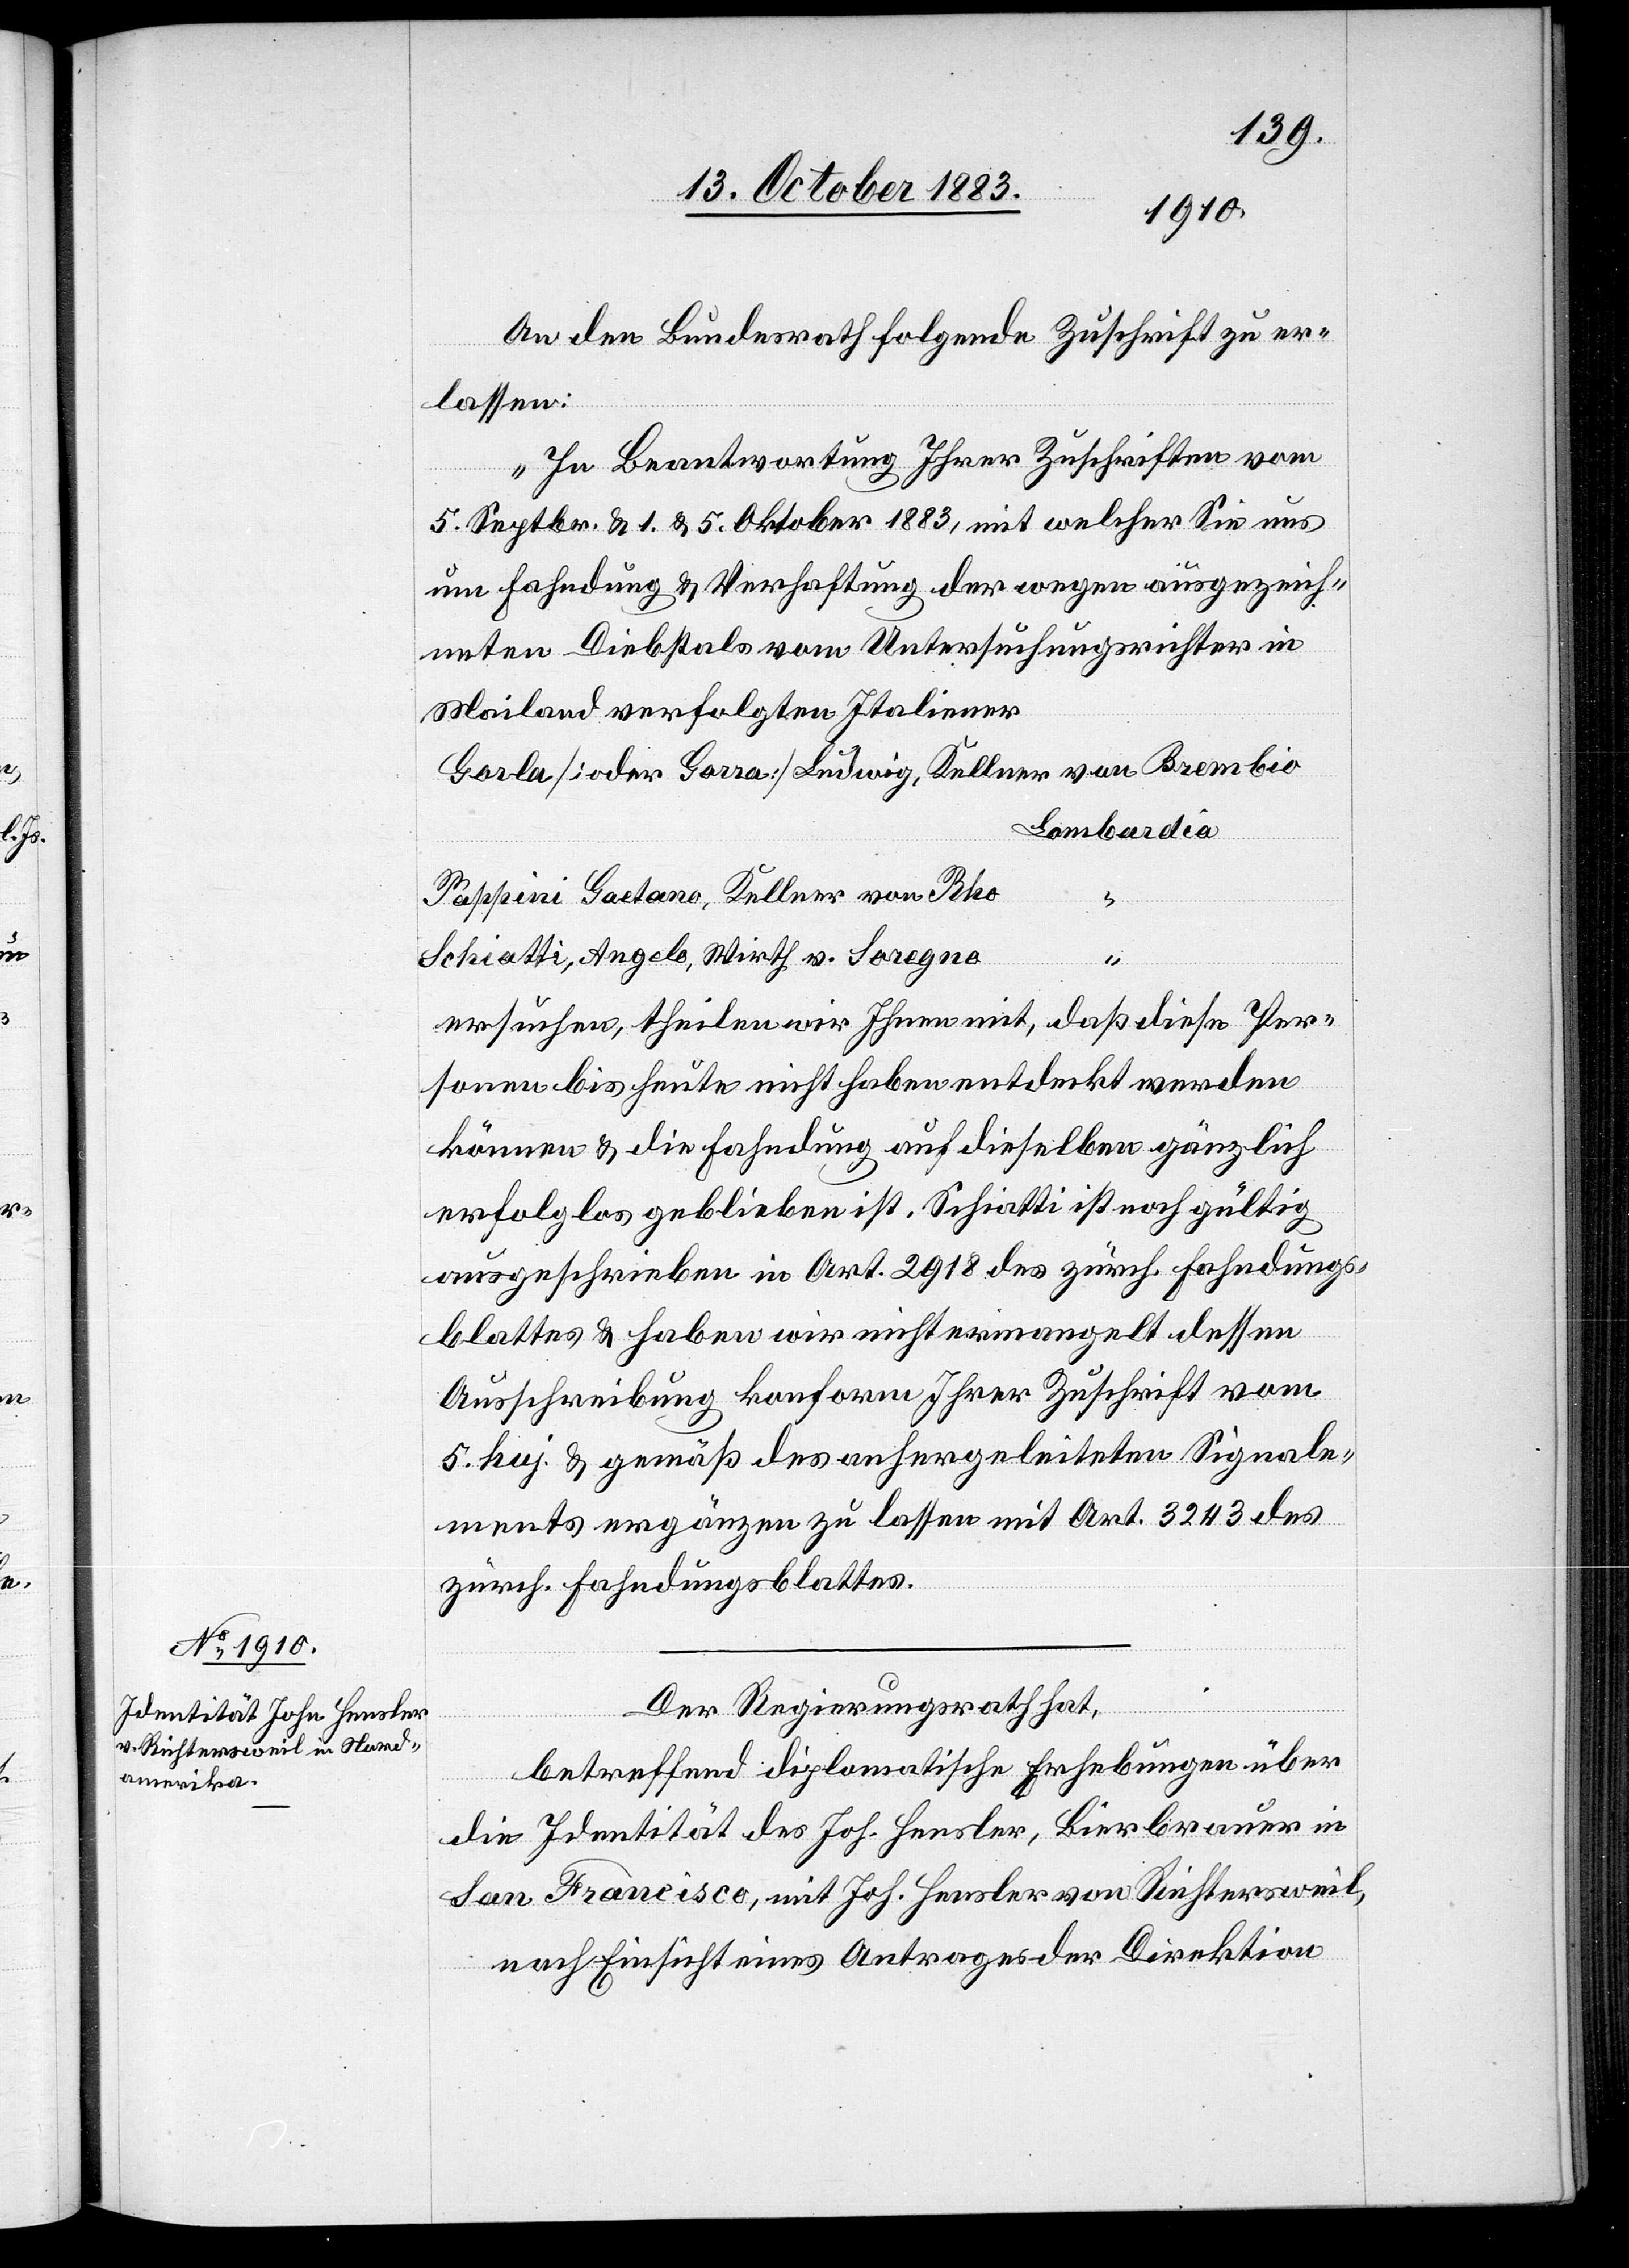
An den Bundesrath folgende Zuschrift zu er¬
lassen:
„In Beantwortung Ihrer Zuschriften vom
5. Septbr. & 1. & 5. Oktober 1883, mit welcher Sie uns
um Fahndung & Verhaftung der wegen ausgezeich¬
neten Diebstals vom Untersuchungsrichter in
Mailand verfolgten Italiener
Gorla [oder Gorra] Ludwig, Kellern von Brembio
Lombardia
Pappini Gaetano, Kellner von Rho
“
Schiatti, Angelo, Wirth v. Soregno
“
ersuchen, theilen wir Ihnen mit, daß diese Per¬
sonen bis heute nicht haben entdeckt werden
können & die Fahndung auf dieselben gänzlich
erfolglos geblieben ist. Schiatti ist noch gültig
ausgeschrieben in Art. 2918 des zürch. Fahndungs¬
blattes & haben wir nicht ermangelt dessen
Ausschreibung konform Ihrer Zuschrift vom
5. huj. & gemäß des anhergeleiteten Signale¬
ments ergänzen zu lassen mit Art. 3243 des
zürch. Fahndungsblattes.
Der Regierungsrath hat,
betreffend die diplomatische Erhebungen über
die Identität des Joh. Hensler, Bierbrauer in
San Francisco, mit Joh. Hensler von Richtersweil,
nach Einsicht eines Antrages der Direktion